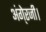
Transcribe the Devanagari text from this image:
अंगे्रजी।